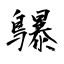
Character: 鸔